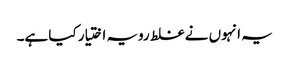
یہ انہوں نے غلط رویہ اختیار کیا ہے۔